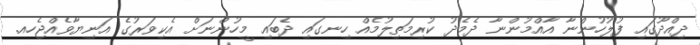
ދިއްދޫގައި ފުލުހުންނާ އާއްމުންނާ ދެމެދު ކުރިމަތިލުމެއް ހިނގައި ދެބައި މީހުންނަށް އެކިވަރުގެ އަނިޔާވެއްޖެހއ.